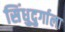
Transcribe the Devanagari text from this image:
सिंधुदुर्गाला